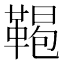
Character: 𩋲